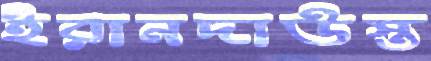
ইরানদাউস্ত